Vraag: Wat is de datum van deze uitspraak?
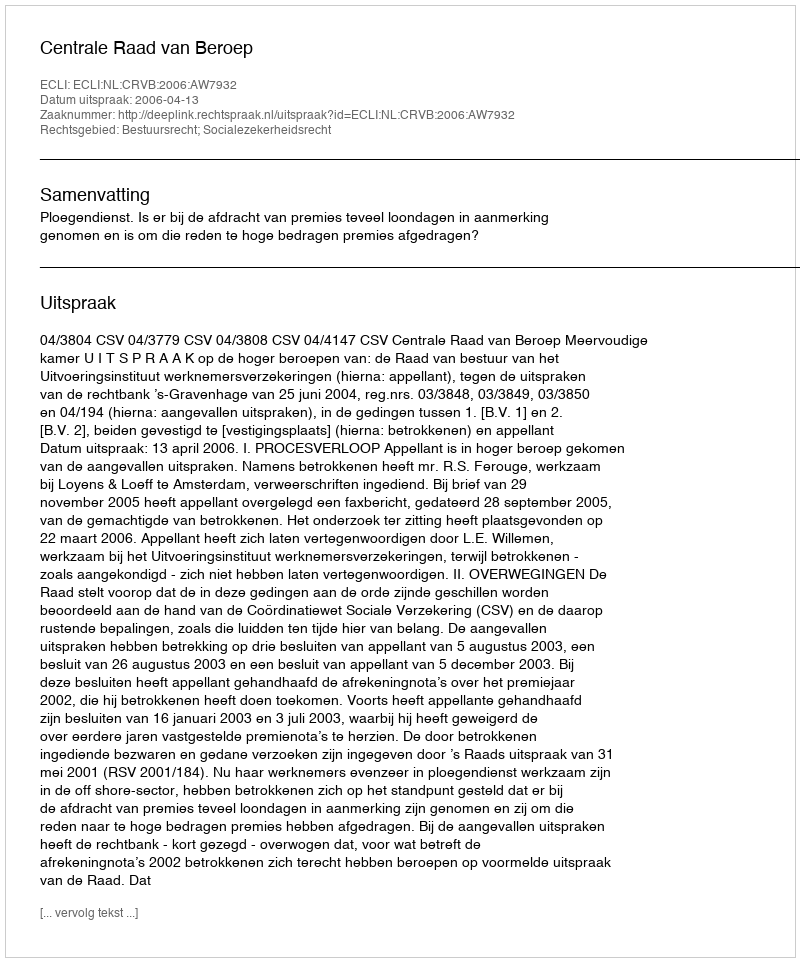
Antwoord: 2006-04-13